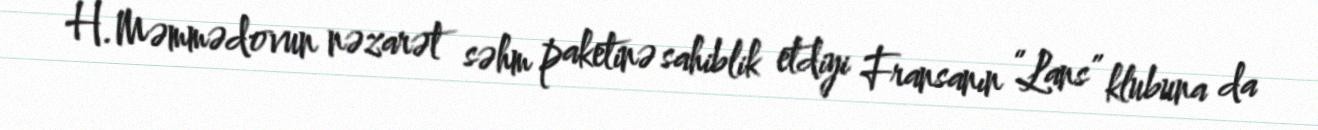
H.Məmmədovun nəzarət səhm paketinə sahiblik etdiyi Fransanın “Lans” klubuna da